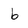
Character: b